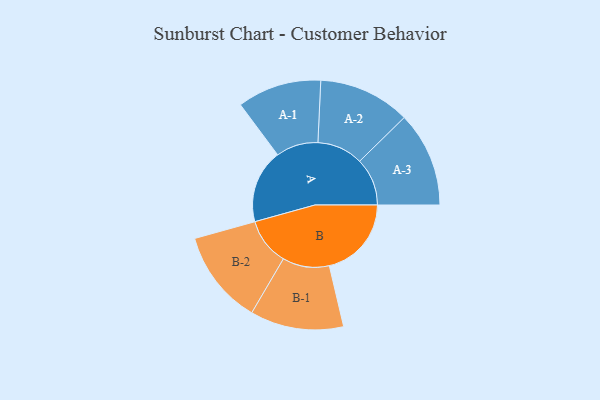
{"axis": {"x": "Segment", "y": "Value"}, "legend": ["", "A", "B"], "data": [{"x": "A", "y": 350, "type": ""}, {"x": "B", "y": 390, "type": ""}, {"x": "A-1", "y": 200, "type": "A"}, {"x": "A-2", "y": 218, "type": "A"}, {"x": "A-3", "y": 226, "type": "A"}, {"x": "B-1", "y": 222, "type": "B"}, {"x": "B-2", "y": 224, "type": "B"}]}